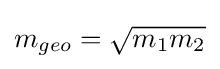
m_{geo}={\sqrt {m_{1}m_{2}}}